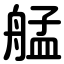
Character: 艋